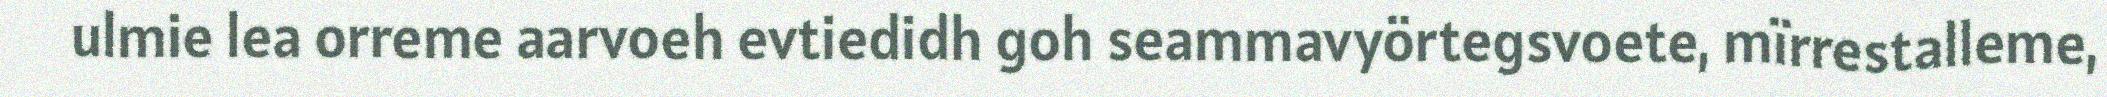
ulmie lea orreme aarvoeh evtiedidh goh seammavyörtegsvoete, mïrrestalleme,